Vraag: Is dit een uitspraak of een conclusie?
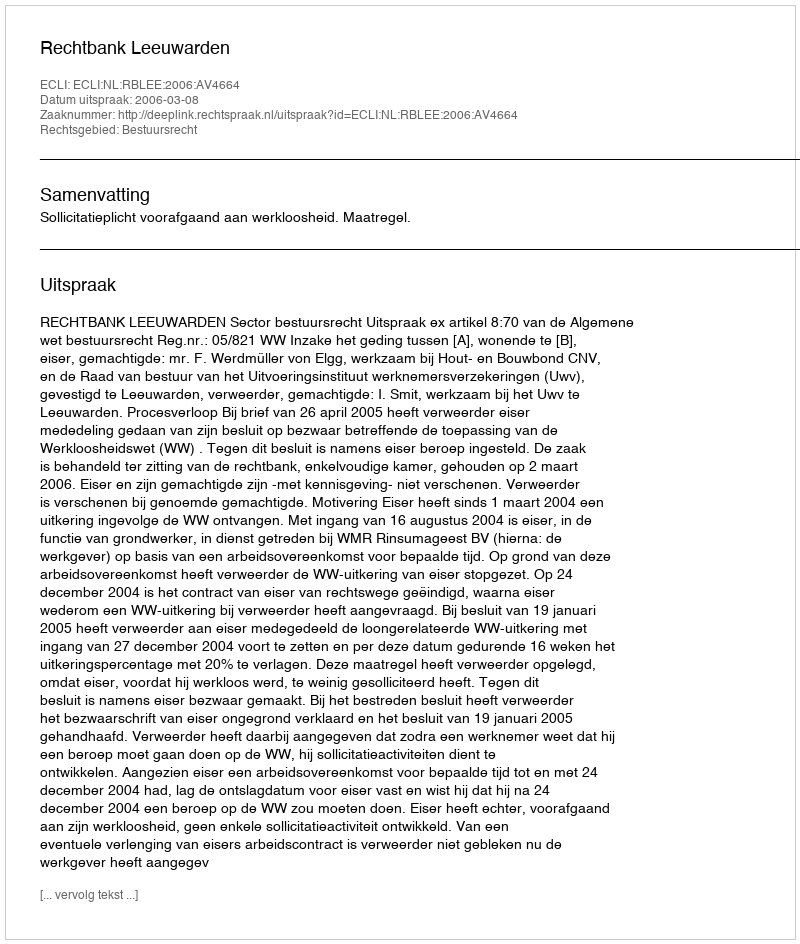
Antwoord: Uitspraak